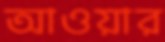
আওয়ার